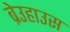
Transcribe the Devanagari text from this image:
ब्रेउहाउस